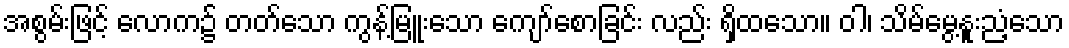
အစွမ်းဖြင့် လောက၌ တတ်သော ကွန့်မြူးသော ကျော်စောခြင်း လည်း ရှိထသော။ ဝါ၊ သိမ်မွေ့နူးညံ့သော